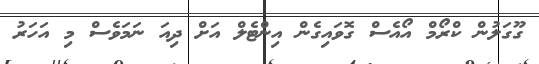
ގޫގަލުން ކްރޯމް އޯއެސް ގޮވައިގެން އިންޓެލް އަށް ދިއަ ނަމަވެސް މި އަހަރު